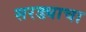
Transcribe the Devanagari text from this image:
सरड्याचा